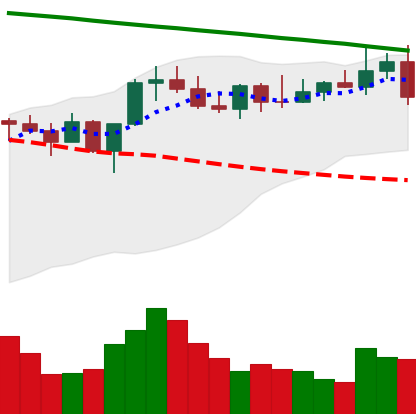
Ticker: XMR-USD
Chart end date: 2022-08-09
Forward return: 4.723%
Label: up_3_5